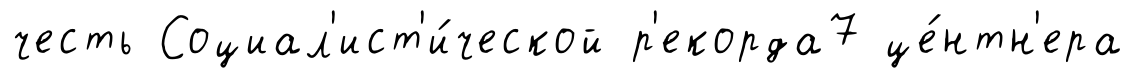
честь Социал'ист'и́ческой р'екорда7 це́нтн'ера